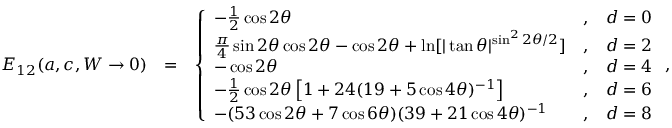
\begin{array} { r l r } { E _ { 1 2 } ( a , c , W \rightarrow 0 ) } & { = } & { \left\{ \begin{array} { l c l } { - \frac { 1 } { 2 } \cos 2 \theta } & { , } & { d = 0 } \\ { \frac { \pi } { 4 } \sin 2 \theta \cos 2 \theta - \cos 2 \theta + \ln [ | \tan \theta | ^ { \sin ^ { 2 } 2 \theta / 2 } ] } & { , } & { d = 2 } \\ { - \cos 2 \theta } & { , } & { d = 4 } \\ { - \frac { 1 } { 2 } \cos 2 \theta \left[ 1 + 2 4 ( 1 9 + 5 \cos 4 \theta ) ^ { - 1 } \right] } & { , } & { d = 6 } \\ { - ( 5 3 \cos 2 \theta + 7 \cos 6 \theta ) ( 3 9 + 2 1 \cos 4 \theta ) ^ { - 1 } } & { , } & { d = 8 } \end{array} \right. , } \end{array}